画像に写った文字を読んでください
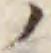
「ノ」と書いてあります